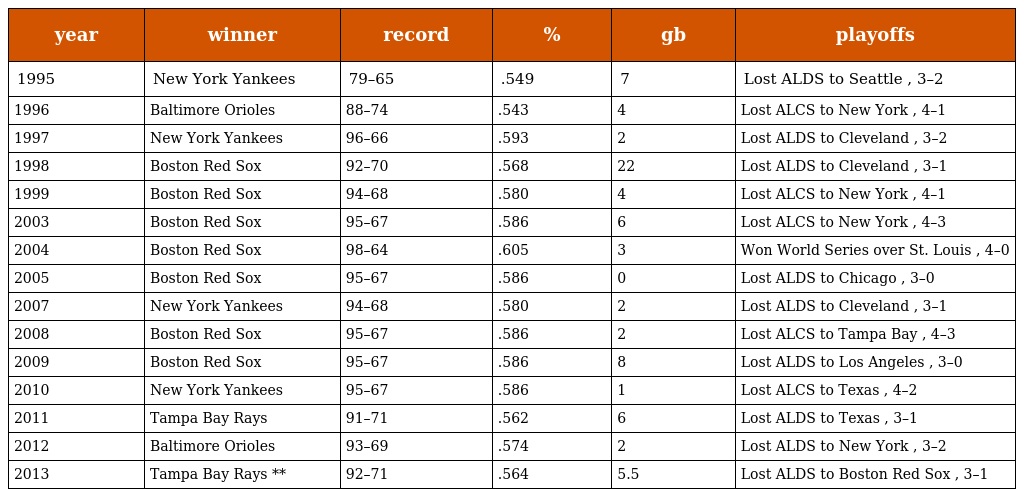
| year | winner | record | % | gb | playoffs |
 | --- | --- | --- | --- | --- | --- |
 | 1995 | New York Yankees | 79–65 | .549 | 7 | Lost ALDS to Seattle , 3–2 |
 | 1996 | Baltimore Orioles | 88–74 | .543 | 4 | Lost ALCS to New York , 4–1 |
 | 1997 | New York Yankees | 96–66 | .593 | 2 | Lost ALDS to Cleveland , 3–2 |
 | 1998 | Boston Red Sox | 92–70 | .568 | 22 | Lost ALDS to Cleveland , 3–1 |
 | 1999 | Boston Red Sox | 94–68 | .580 | 4 | Lost ALCS to New York , 4–1 |
 | 2003 | Boston Red Sox | 95–67 | .586 | 6 | Lost ALCS to New York , 4–3 |
 | 2004 | Boston Red Sox | 98–64 | .605 | 3 | Won World Series over St. Louis , 4–0 |
 | 2005 | Boston Red Sox | 95–67 | .586 | 0 | Lost ALDS to Chicago , 3–0 |
 | 2007 | New York Yankees | 94–68 | .580 | 2 | Lost ALDS to Cleveland , 3–1 |
 | 2008 | Boston Red Sox | 95–67 | .586 | 2 | Lost ALCS to Tampa Bay , 4–3 |
 | 2009 | Boston Red Sox | 95–67 | .586 | 8 | Lost ALDS to Los Angeles , 3–0 |
 | 2010 | New York Yankees | 95–67 | .586 | 1 | Lost ALCS to Texas , 4–2 |
 | 2011 | Tampa Bay Rays | 91–71 | .562 | 6 | Lost ALDS to Texas , 3–1 |
 | 2012 | Baltimore Orioles | 93–69 | .574 | 2 | Lost ALDS to New York , 3–2 |
 | 2013 | Tampa Bay Rays ** | 92–71 | .564 | 5.5 | Lost ALDS to Boston Red Sox , 3–1 |